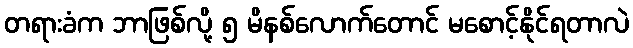
တရားခံက ဘာဖြစ်လို့ ၅ မိနစ်လောက်တောင် မစောင့်နိုင်ရတာလဲ